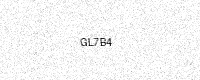
Text: GL7B4